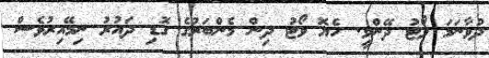
ދުވާނަމަ ވޯޓު ދޭންވީ. ހެޔޮ ވޯޓު ދިން މެންބަރުގެ ގޮޑި ދައުރު ނިމޭއިރުވެސް